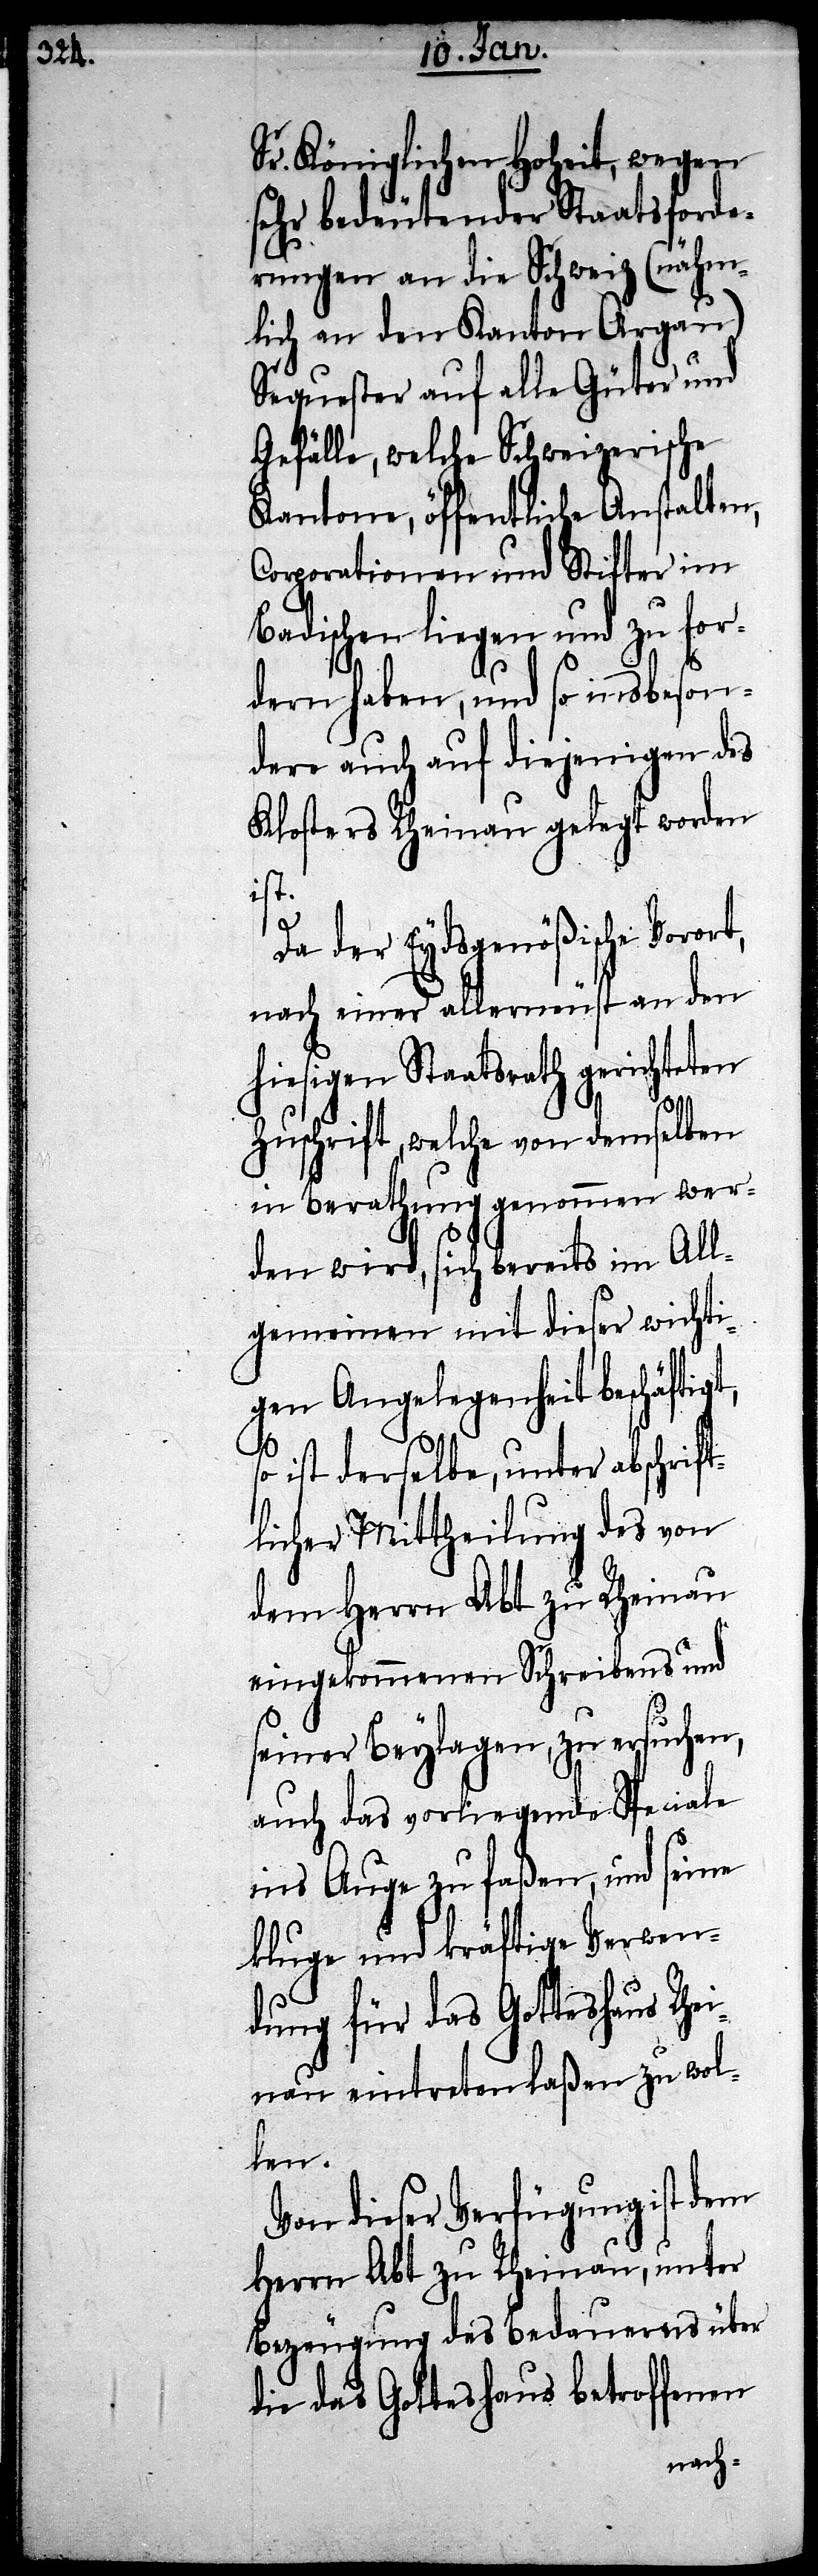
Sr. Königlichen Hoheit, wegen
sehr bedeutender Staatsforde¬
rungen an die Schweiz (nähm¬
lich an den Kanton Argau)
Sequester auf alle Güter und
Gefälle, welche Schweizerische
Kantone, öffentliche Anstalten,
Corporationen und Stifter im
Badischen liegen und zu for¬
dern haben, und so insbeson¬
dere auch auf diejenigen des
Klosters Rheinau gelegt worden
ist.
Da der Eydsgenößische Vorort,
nach einer allerneust an den
hiesigen Staatsrath gerichteten
Zuschrift, welche von demselben
in Berathung genommen wer¬
den wird, sich bereits im All¬
gemeinen mit dieser wichti¬
gen Angelegenheit beschäftig¬
so
ist derselbe, unter abschrift¬
licher Mittheilung des von
dem Herrn Abt zu Rheinau
eingekommenen Schreibens und
seiner Beylagen, zu ersuchen,
auch das vorliegende Speciale
ins Auge zu faßen, und seine
kluge und kräftige Verwen¬
dung für das Gotteshaus Rhe¬
inau eintreten laßen zu wol¬
len.
Von dieser Verfügung ist dem
Herrn Abt zu Rheinau, unter
Bezeugung des Bedauerns über
die das Gotteshaus betroffenen